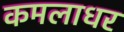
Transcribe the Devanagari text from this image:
कमलाधर